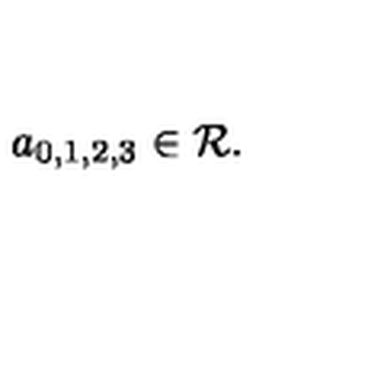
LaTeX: a _ { 0 , 1 , 2 , 3 } \in { \cal R } .